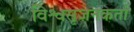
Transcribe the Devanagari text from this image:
विश्वसृजनकर्ता